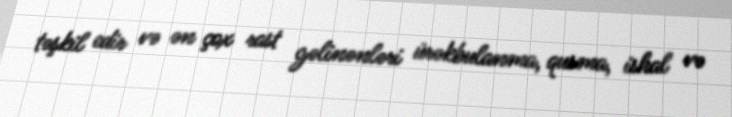
təşkil edir və ən çox rast gəlinənləri ürəkbulanma, qusma, ishal və